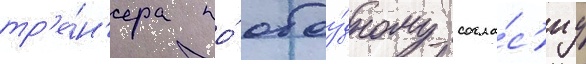
тр'е́н'ера по́ обоу́дному согла́с'иу